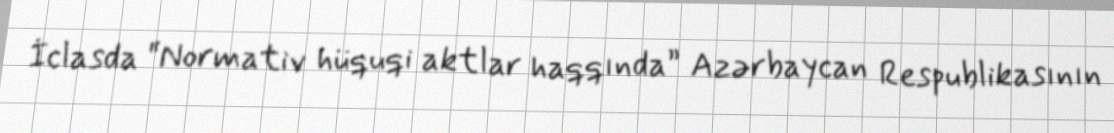
İclasda “Normativ hüquqi aktlar haqqında” Azərbaycan Respublikasının